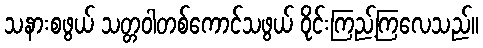
သနားစဖွယ် သတ္တဝါတစ်ကောင်သဖွယ် ဝိုင်းကြည့်ကြလေသည်။